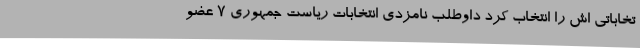
تخاباتی‌ اش را انتخاب کرد داوطلب نامزدی انتخابات ریاست جمهوری ۷ عضو